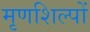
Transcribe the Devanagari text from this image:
मृणशिल्पों